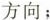
方向；